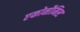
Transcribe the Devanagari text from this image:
एकोनौमिस्ट